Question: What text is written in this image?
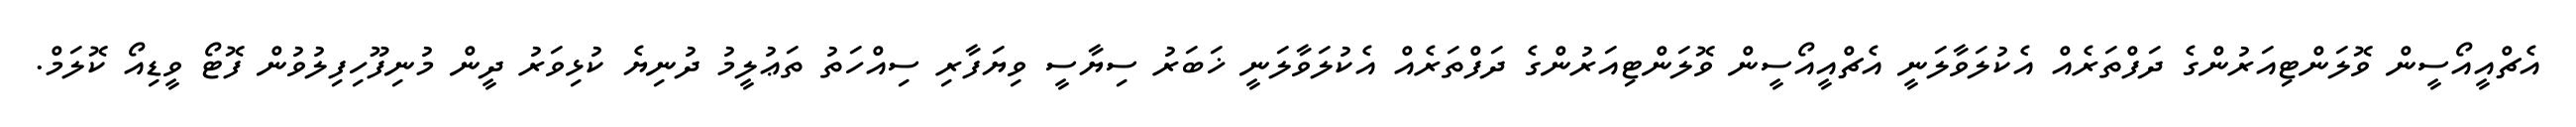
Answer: އެޗްއީއޯސީން ވޮލަންޓިއަރުންގެ ދަފްތަރެއް އެކުލަވާލަނީ އެޗްއީއޯސީން ވޮލަންޓިއަރުންގެ ދަފްތަރެއް އެކުލަވާލަނީ ޚަބަރު ސިޔާސީ ވިޔަފާރި ސިއްހަތު ތަޢުލީމު ދުނިޔެ ކުޅިވަރު ދީން މުނިފޫހިފިލުވުން ފޮޓޯ ވީޑިއޯ ކޮލަމް.